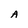
Character: A